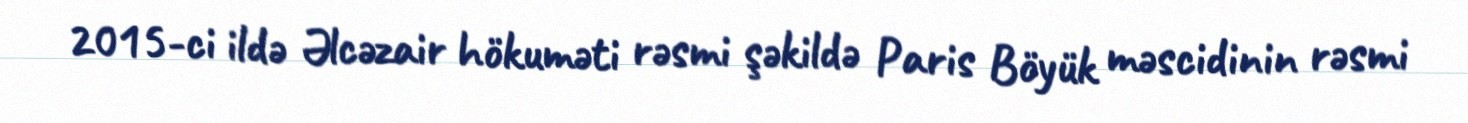
2015-ci ildə Əlcəzair hökuməti rəsmi şəkildə Paris Böyük məscidinin rəsmi